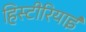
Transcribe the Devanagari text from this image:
हिस्टीरियाई